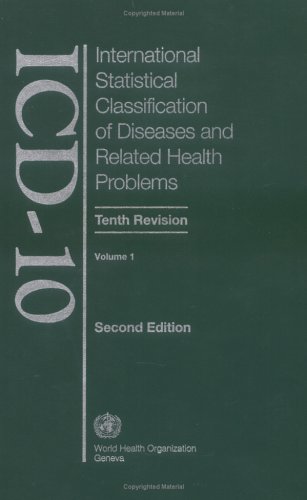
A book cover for The International Statistical Classification of Diseases and Health Related Problems: ICD-10: Volume 1: Tabular List; World Health Organization; Medical Books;